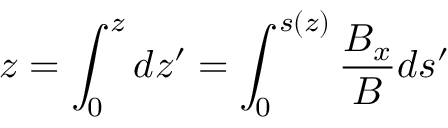
z = \int _ { 0 } ^ { z } d z ^ { \prime } = \int _ { 0 } ^ { s ( z ) } \frac { B _ { x } } { B } d s ^ { \prime }